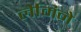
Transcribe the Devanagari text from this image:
लैमिने